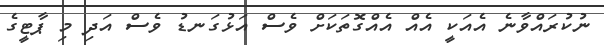
ނުކުރައްވާނެ އެއަކީ އެއް އެއްގޮތަކަށް ވެސް އަޅުގަނޑު ވެސް އަދި މި ޕާޓީގެ